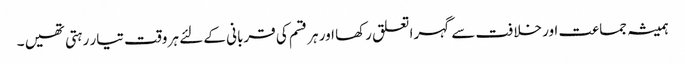
ہمیشہ جماعت اور خلافت سے گہرا تعلق رکھا اور ہر قسم کی قربانی کے لئے ہر وقت تیار رہتی تھیں ۔